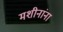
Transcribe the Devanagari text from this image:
मशीनांना